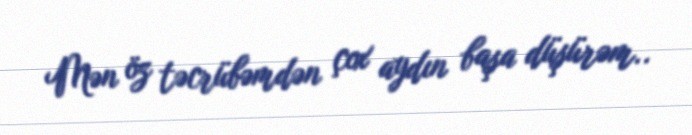
Mən öz təcrübəmdən çox aydın başa düşürəm..